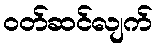
ဝတ်ဆင်လျက်